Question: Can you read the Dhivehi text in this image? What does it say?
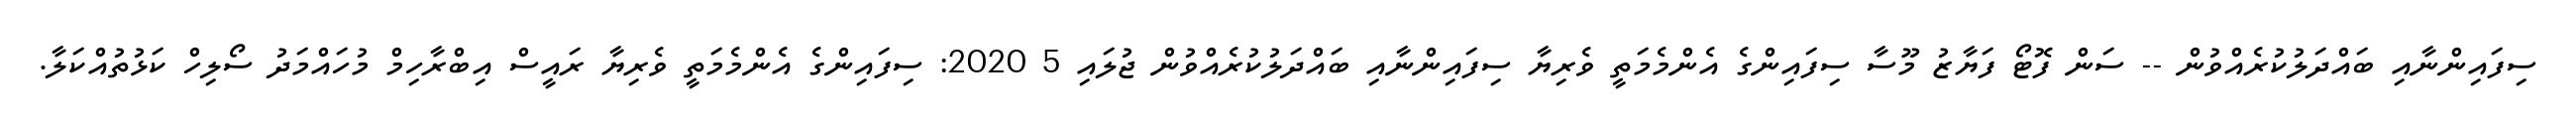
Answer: ސިފައިންނާއި ބައްދަލުކުރެއްވުން -- ސަން ފޮޓޯ ފަޔާޒު މޫސާ ސިފައިންގެ އެންމެމަތީ ވެރިޔާ ސިފައިންނާއި ބައްދަލުކުރެއްވުން ޖުލައި 5 2020: ސިފައިންގެ އެންމެމަތީ ވެރިޔާ ރައީސް އިބްރާހިމް މުހައްމަދު ސޯލިހް ކަޅުތުއްކަލާ.